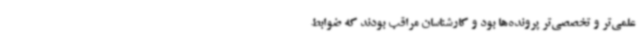
علمی‌تر و تخصصی‌تر پرونده‌ها بود و کارشناسان مراقب بودند که ضوابط